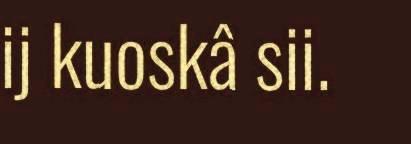
ij kuoskâ sii.